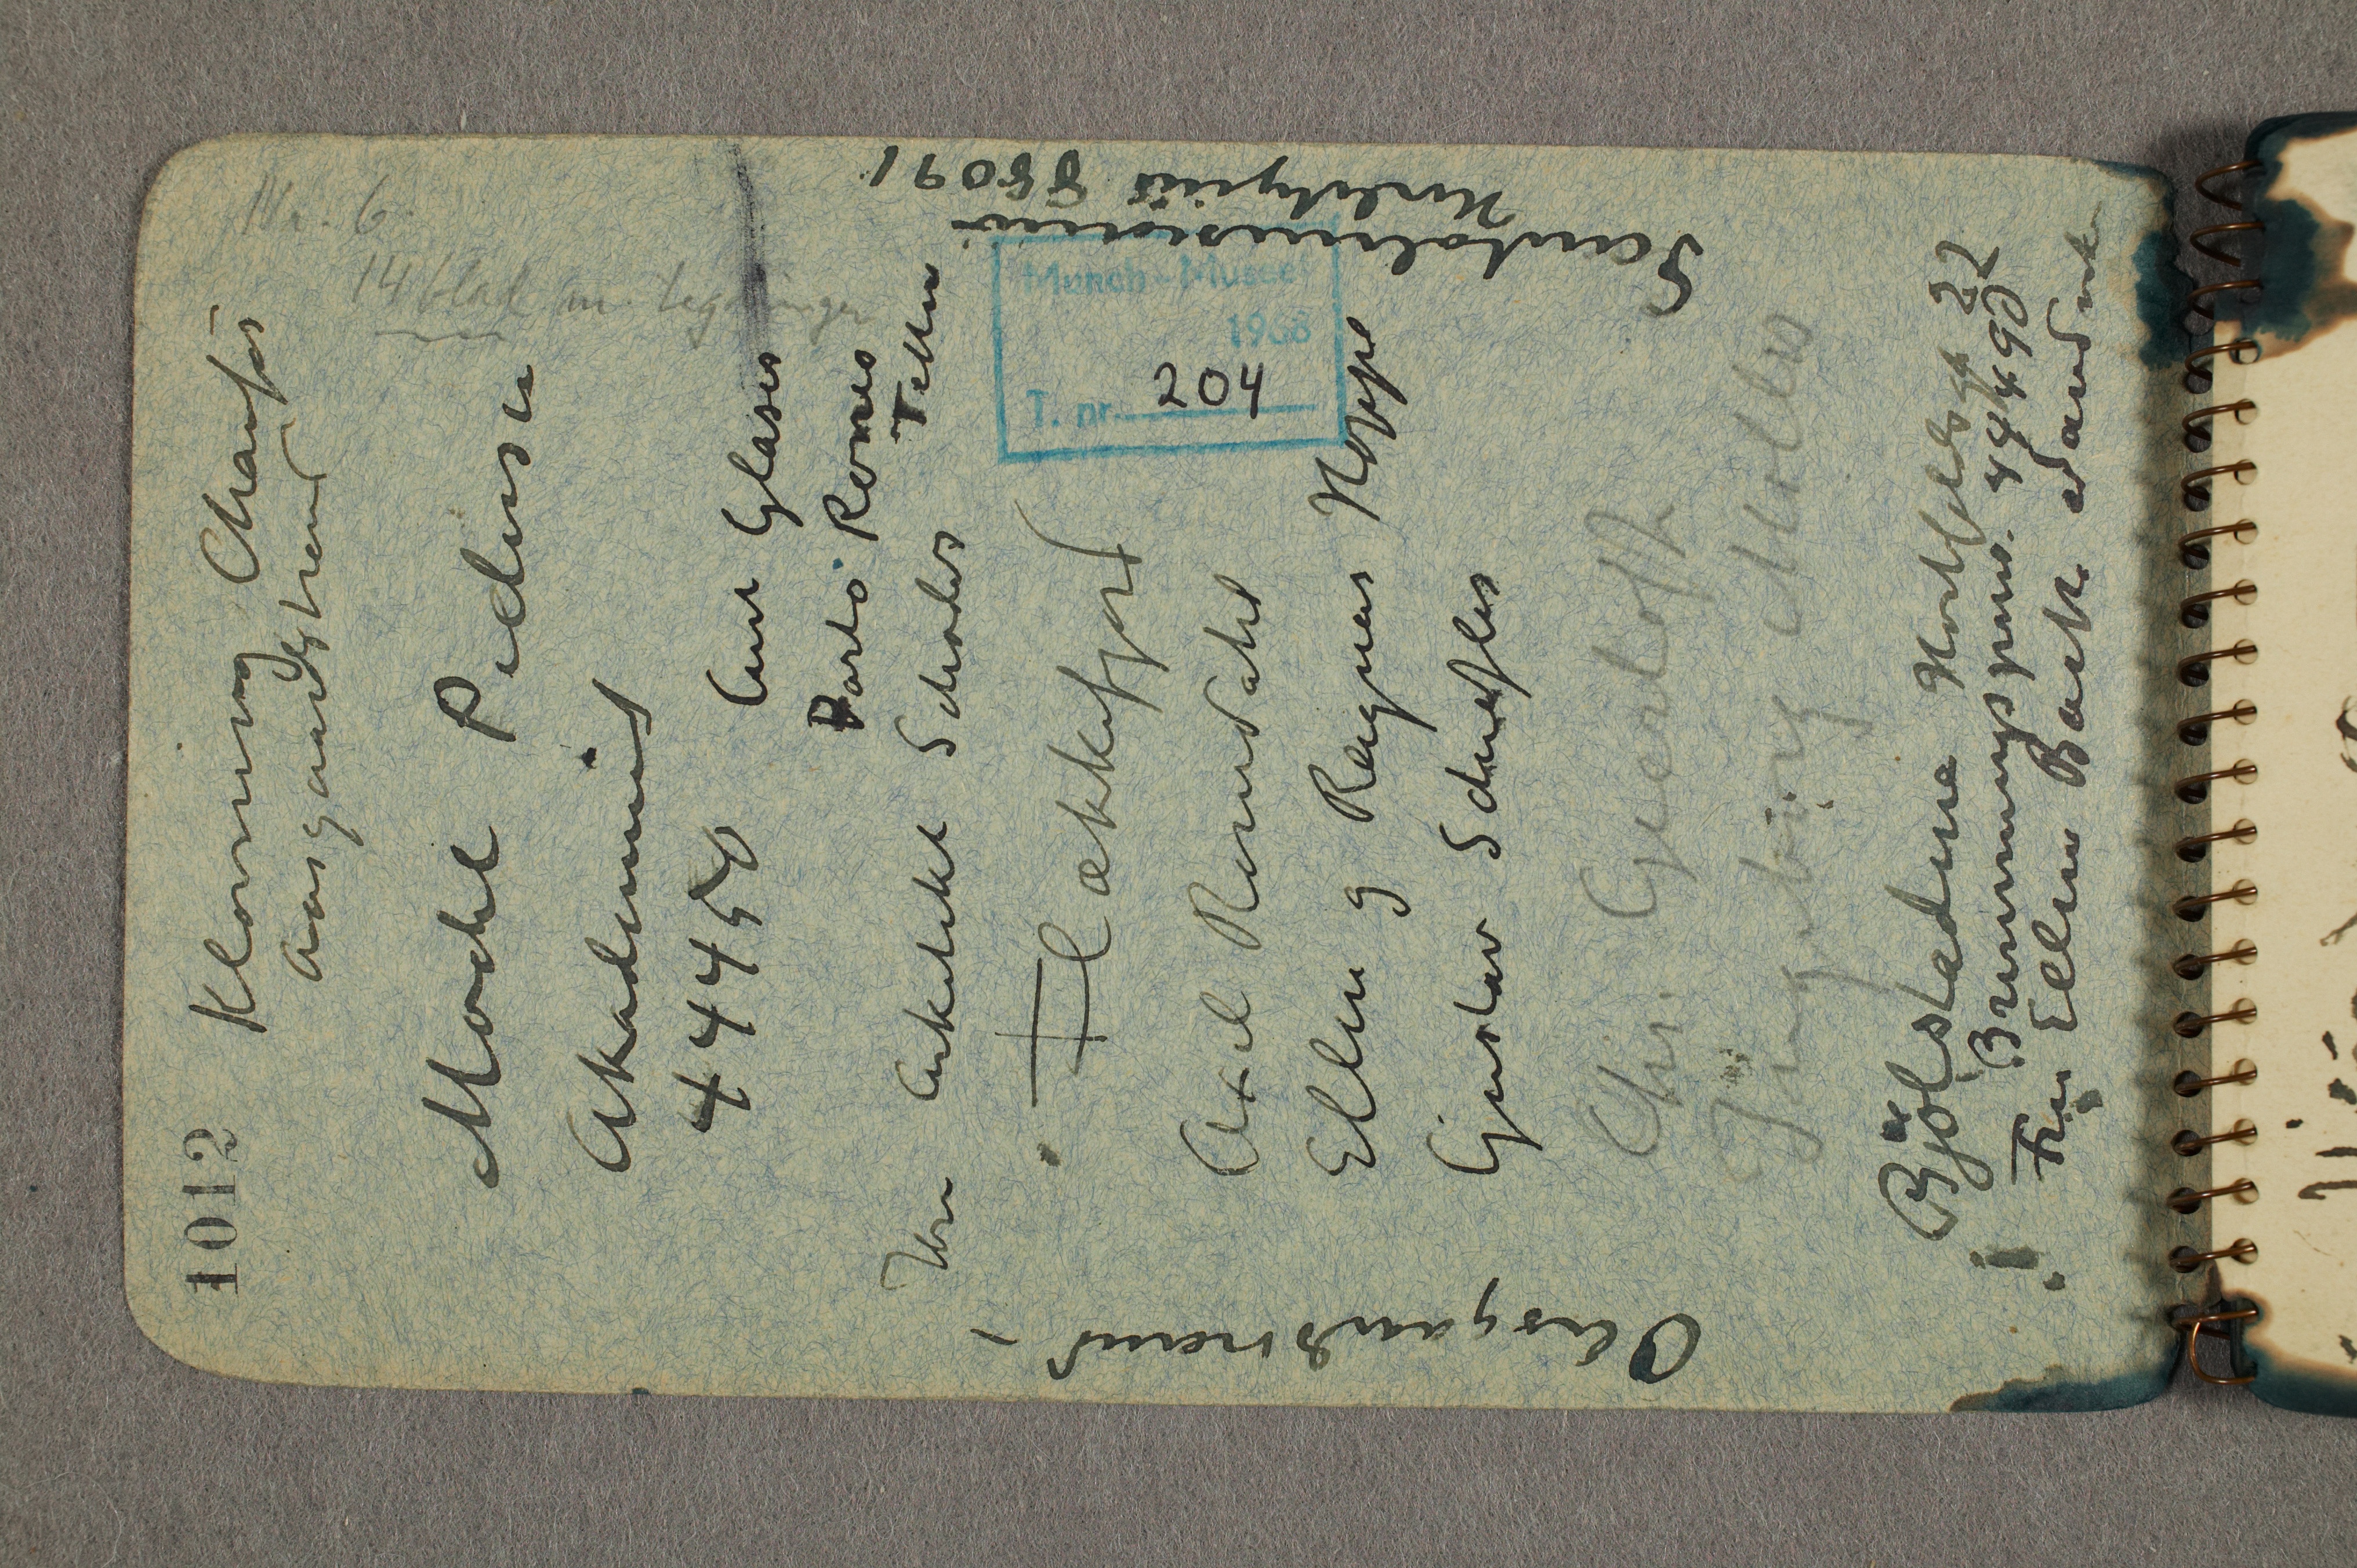
Curt Glaser
Porto Rones
Teller

Klovning Chaufør
Aasgaardstrand

Model Pedersen
Akademiet
44450

Hrr arkitekt Schoder
Flækkefjord
Axel Romdahl
Ellen og Ragnar Hoppe
Gustav Schiefler
Chr. Gierløff
Ingeborg Møller
Bjølstadene Hortfeldsgt 22
Br... 44490
Fru Ellen Backe Sandvika

Santalmisionen
H... 88091

Aasgaardstrand –